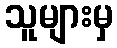
သူများမှ